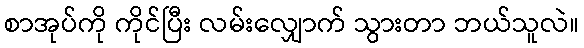
စာအုပ်ကို ကိုင်ပြီး လမ်းလျှောက် သွားတာ ဘယ်သူလဲ။